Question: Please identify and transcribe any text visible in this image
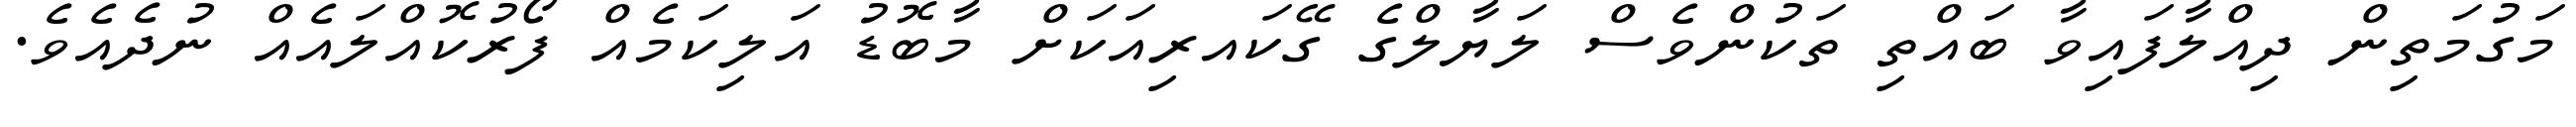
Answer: މަގުމަތިން ދިއްލާފައިވާ ބައްތި ތަކުންވެސް ލަޔާލްގެ ގޭކައރިއަކަށް މާބޮޑު އަލިކަމެއް ފޯރުކޮއްލައެއް ނުދެއެވެ.